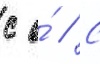
с о́ // С